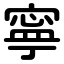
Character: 寧